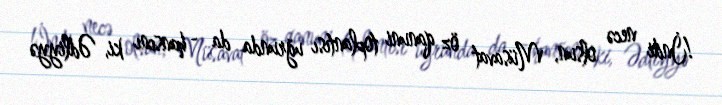
!İndi necə olsun, Müsavat öz qanuni toplantısı uğrunda da - hansını ki, Ədliyyə